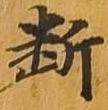
断